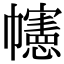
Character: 幰